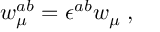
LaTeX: w _ { \mu } ^ { a b } = \epsilon ^ { a b } w _ { \mu } \; ,